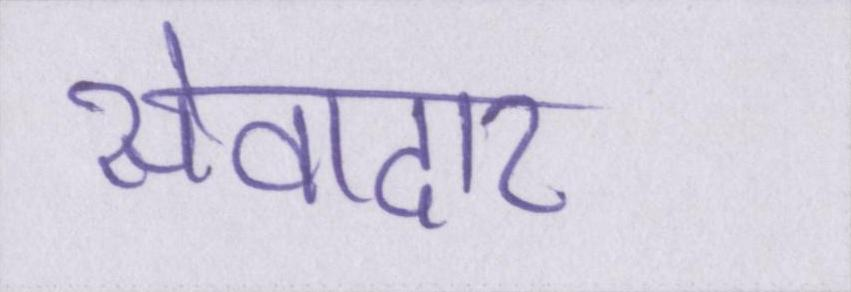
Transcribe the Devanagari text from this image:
सेवादार